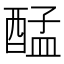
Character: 𮠴